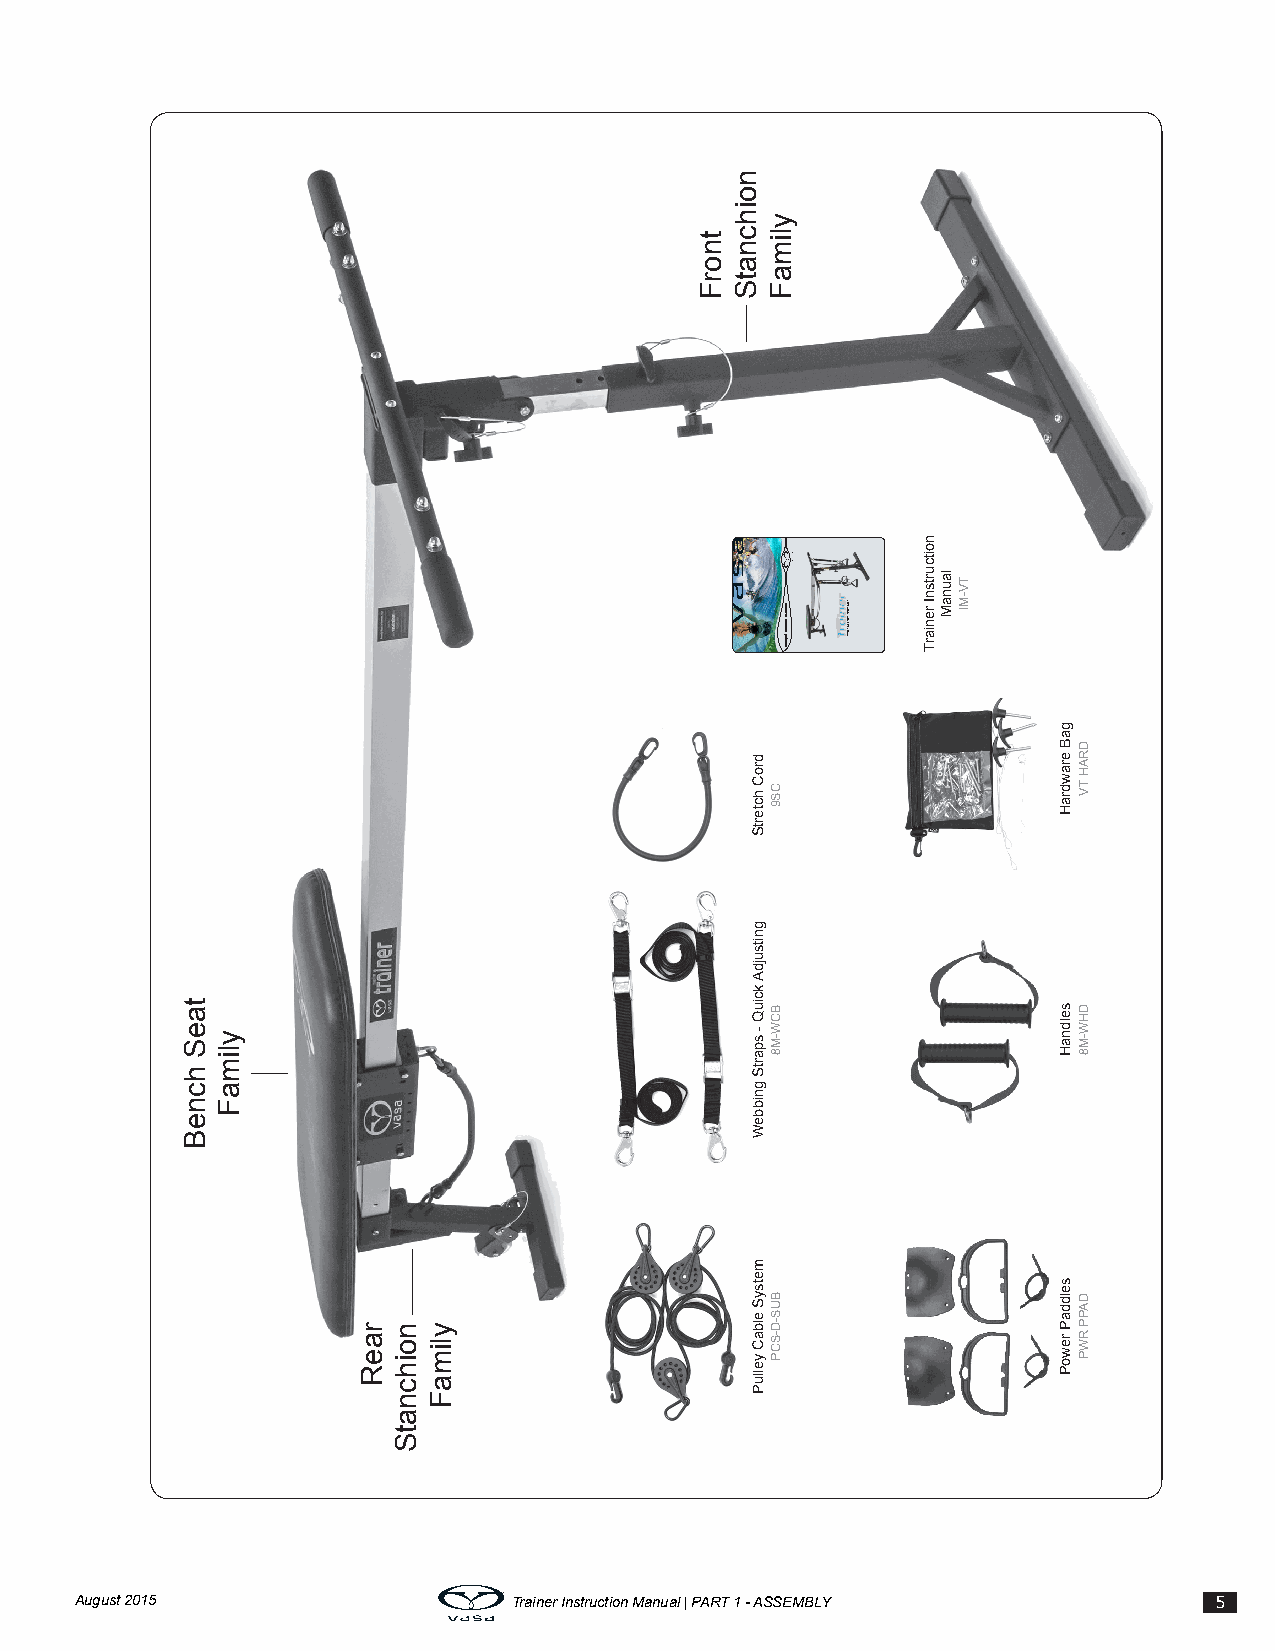
August 2015                  Trainer Instruction Manual | PART 1 - ASSEMBLY 5
 taeS
 hcneB
 ylimaF
 raeR noihcnatS ylimaF
 tnorF
 noihcnatS
 droC
 hctertS
 gnitsujdA
 kciuQ
 - spartS
 gnibbeW
 metsyS
 elbaC
 yelluP
 ylimaF
 CS9
 BCW-M8
 BUS-D-SCP
 .sseccus
 .animats
 .htgnerts
 renimaiwrST
 launam
 noitcurtsni
 noitcurtsnI
 reniarT
 launaM
 TV-MI
 gaB
 erawdraH
 seldnaH
 selddaP
 rewoP
 DRAH
 TV
 DHW-M8
 DAPP
 RWP